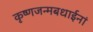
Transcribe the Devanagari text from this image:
कृष्णजन्मबधाईनां